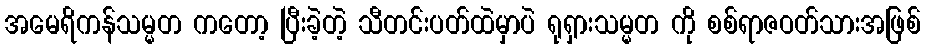
အမေရိကန်သမ္မတ ကတော့ ပြီးခဲ့တဲ့ သီတင်းပတ်ထဲမှာပဲ ရုရှားသမ္မတ ကို စစ်ရာဇဝတ်သားအဖြစ်